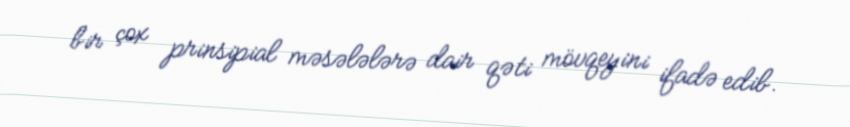
bir çox prinsipial məsələlərə dair qəti mövqeyini ifadə edib.